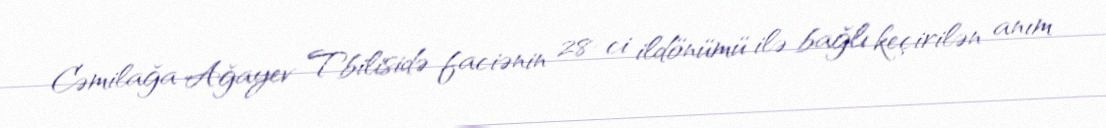
Cəmilağa Ağayev Tbilisidə faciənin 28-ci ildönümü ilə bağlı keçirilən anım